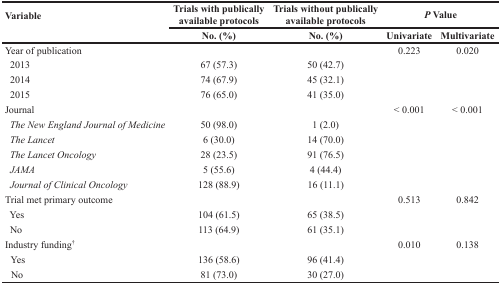
<table><thead><tr><td rowspan="2"><b>Variable</b></td><td><b>Trials with publically available protocols</b></td><td><b>Trials without publically available protocols</b></td><td colspan="2"><b><i>P</i> Value</b></td></tr><tr><td><b>No. (%)</b></td><td><b>No. (%)</b></td><td><b>Univariate</b></td><td><b>Multivariate</b></td></tr></thead><tbody><tr><td>Year of publication</td><td></td><td></td><td>0.223</td><td>0.020</td></tr><tr><td> 2013</td><td>67 (57.3)</td><td>50 (42.7)</td><td></td><td></td></tr><tr><td> 2014</td><td>74 (67.9)</td><td>45 (32.1)</td><td></td><td></td></tr><tr><td> 2015</td><td>76 (65.0)</td><td>41 (35.0)</td><td></td><td></td></tr><tr><td>Journal</td><td></td><td></td><td>&lt; 0.001</td><td>&lt; 0.001</td></tr><tr><td> <i>The New England Journal of Medicine</i></td><td>50 (98.0)</td><td>1 (2.0)</td><td></td><td></td></tr><tr><td> <i>The Lancet</i></td><td>6 (30.0)</td><td>14 (70.0)</td><td></td><td></td></tr><tr><td> <i>The Lancet Oncology</i></td><td>28 (23.5)</td><td>91 (76.5)</td><td></td><td></td></tr><tr><td> <i>JAMA</i></td><td>5 (55.6)</td><td>4 (44.4)</td><td></td><td></td></tr><tr><td> <i>Journal of Clinical Oncology</i></td><td>128 (88.9)</td><td>16 (11.1)</td><td></td><td></td></tr><tr><td>Trial met primary outcome</td><td></td><td></td><td>0.513</td><td>0.842</td></tr><tr><td> Yes</td><td>104 (61.5)</td><td>65 (38.5)</td><td></td><td></td></tr><tr><td> No</td><td>113 (64.9)</td><td>61 (35.1)</td><td></td><td></td></tr><tr><td>Industry funding<sup>†</sup></td><td></td><td></td><td>0.010</td><td>0.138</td></tr><tr><td> Yes</td><td>136 (58.6)</td><td>96 (41.4)</td><td></td><td></td></tr><tr><td> No</td><td>81 (73.0)</td><td>30 (27.0)</td><td></td><td></td></tr></tbody></table>